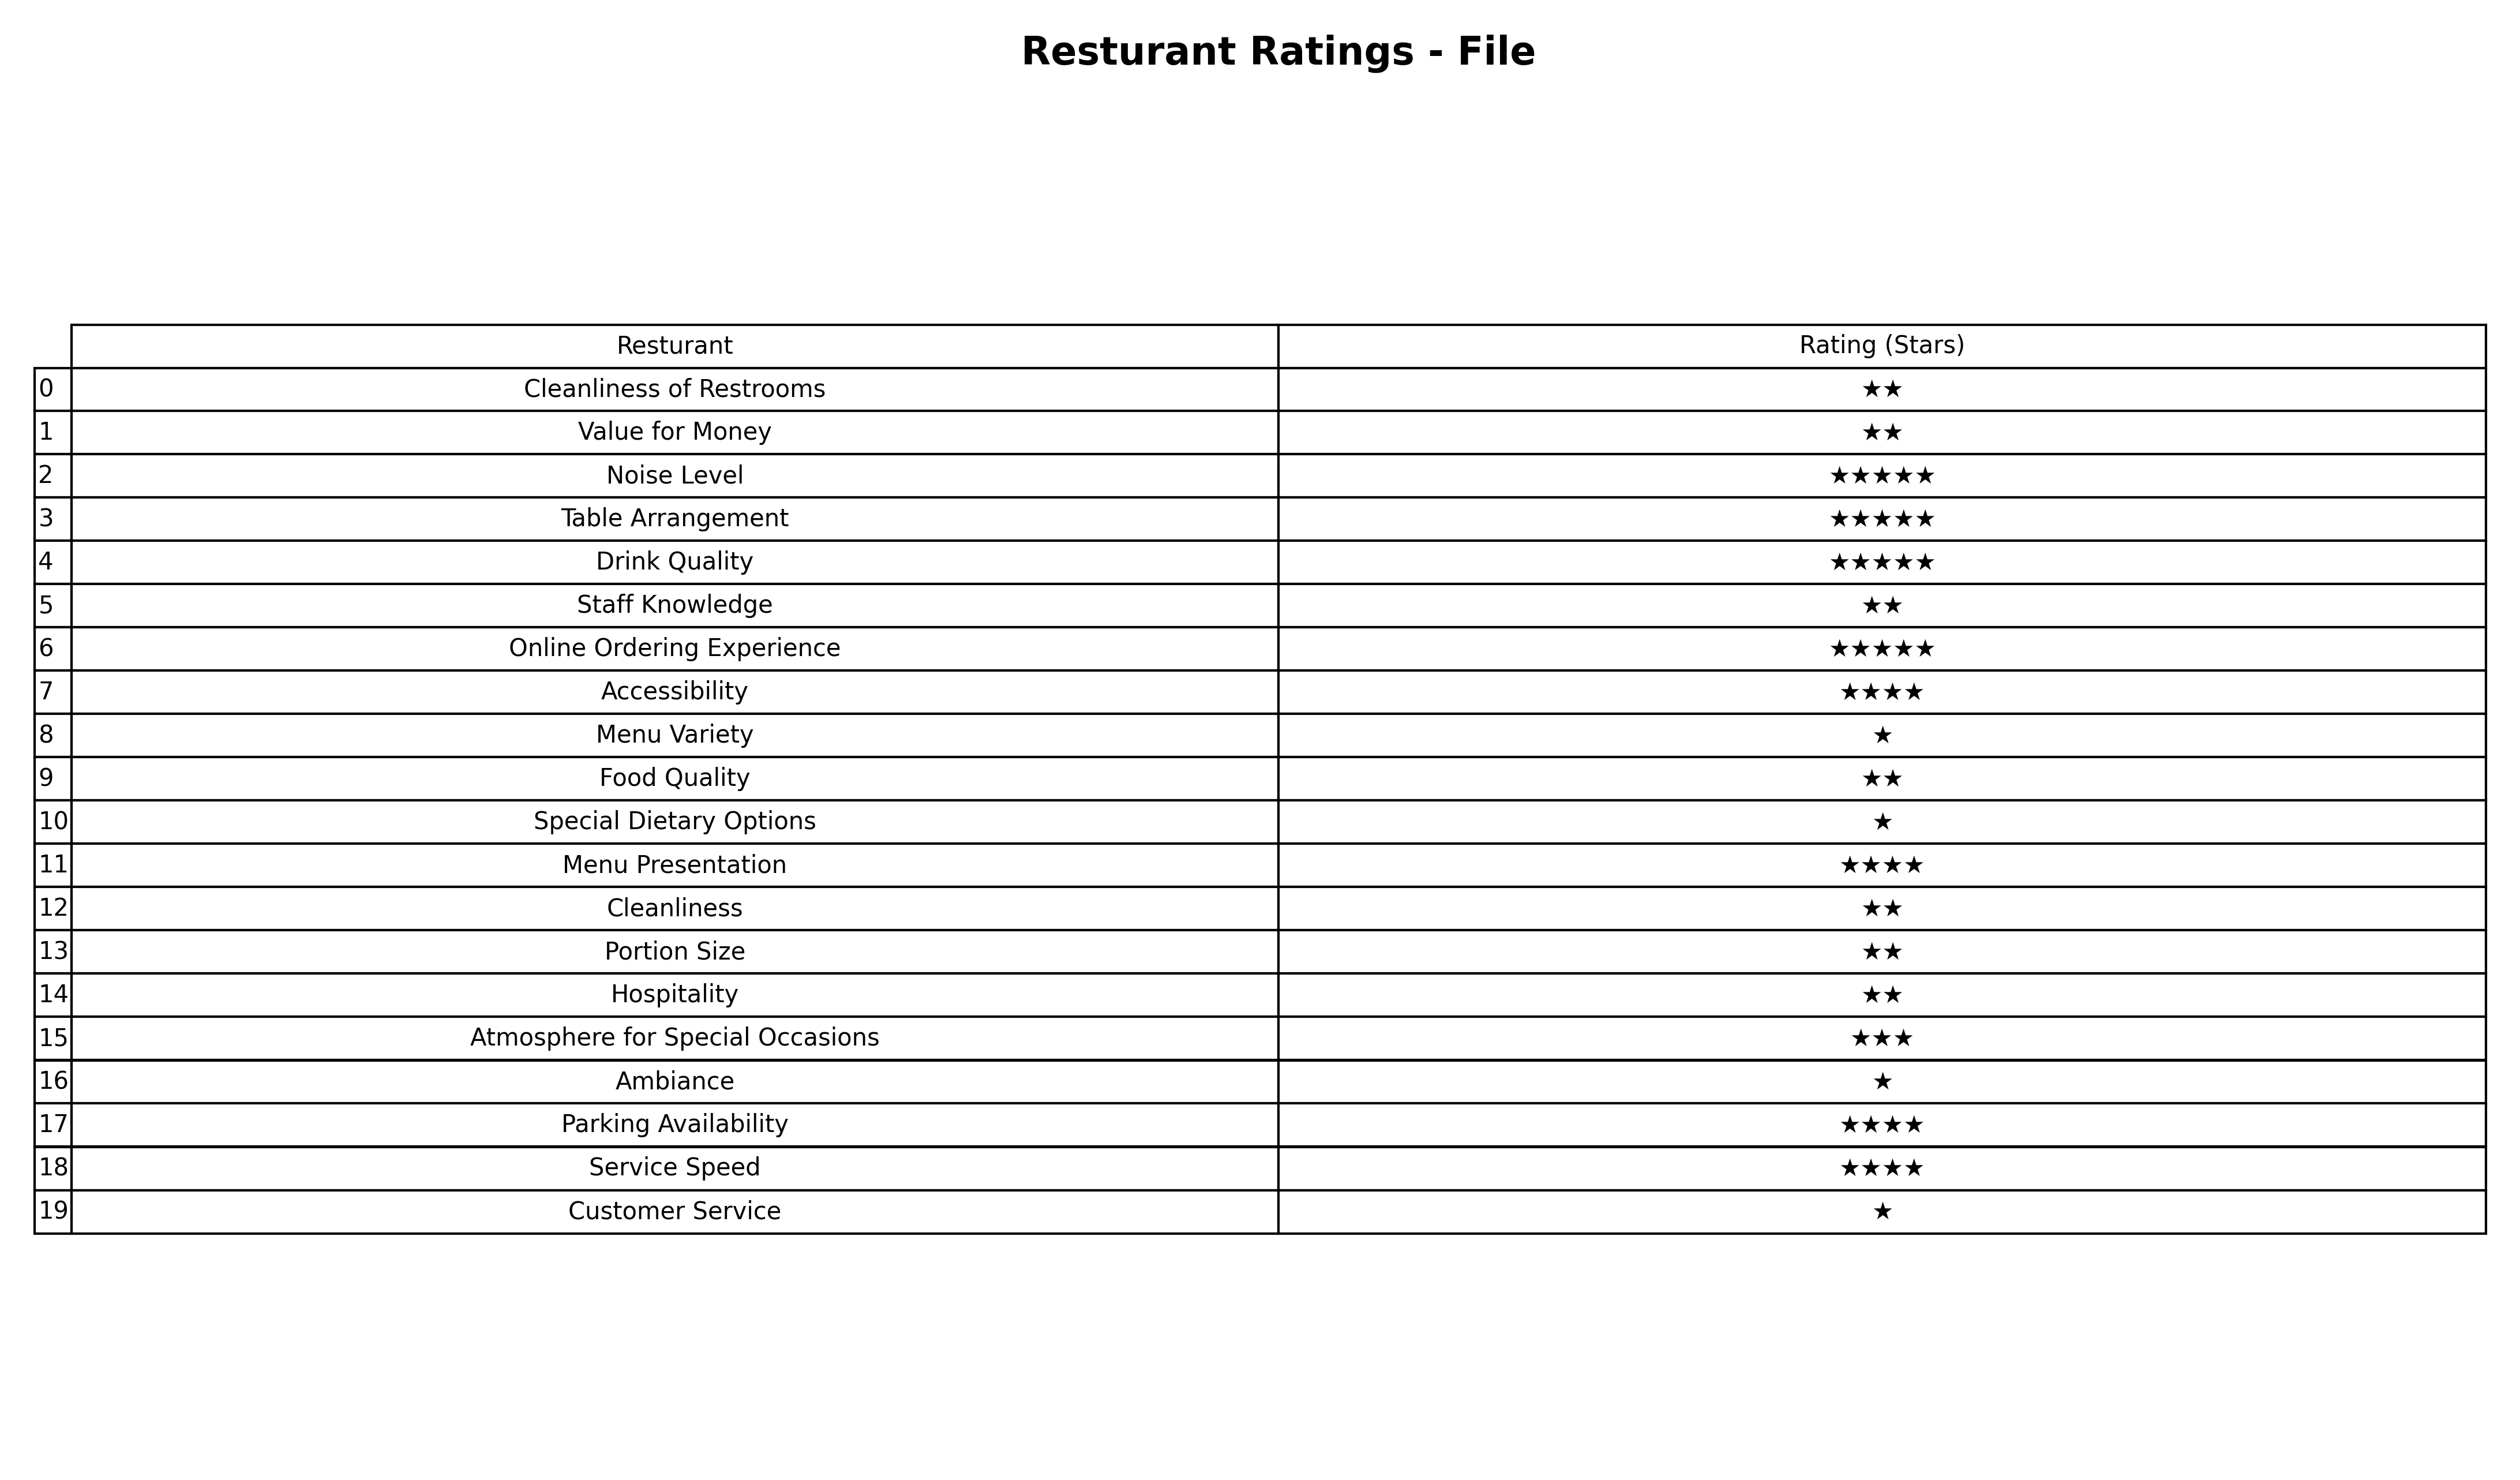
question: What are two star services?
answer: Cleanliness of RestroomsValue for MoneyStaff KnowledgeFood QualityCleanlinessPortion SizeHospitality